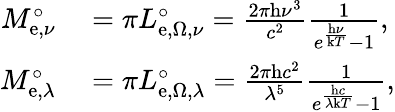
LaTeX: \begin{array}{rl}{M_{\mathrm{e},\nu}^{\circ}}&{{}=\pi L_{\mathrm{e},\Omega,\nu}^{\circ}={\frac{2\pi\mathrm{h}\nu^{3}}{c^{2}}}{\frac{1}{e^{\frac{\mathrm{h}\nu}{\mathrm{k}T}}-1}},}\\ {M_{\mathrm{e},\lambda}^{\circ}}&{{}=\pi L_{\mathrm{e},\Omega,\lambda}^{\circ}={\frac{2\pi\mathrm{h}c^{2}}{\lambda^{5}}}{\frac{1}{e^{\frac{\mathrm{h}c}{\lambda\mathrm{k}T}}-1}},}\end{array}